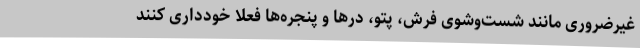
غیرضروری مانند شست‌وشوی فرش، پتو، درها و پنجره‌ها فعلا خودداری کنند